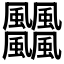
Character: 𩙡